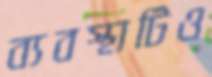
ব্যবস্থাটিও